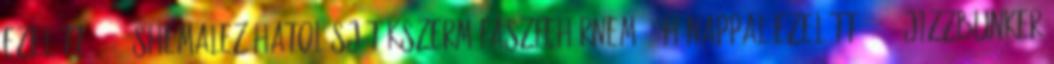
ezelőtt 04:57 ShemaleZ hatolásjátékszerműfaszfehérnemű 9 hónappal ezelőtt 06:09 JizzBunker